Madras plague regulations in force outside the Presidency town - Volume 2
Disease focus: Plague
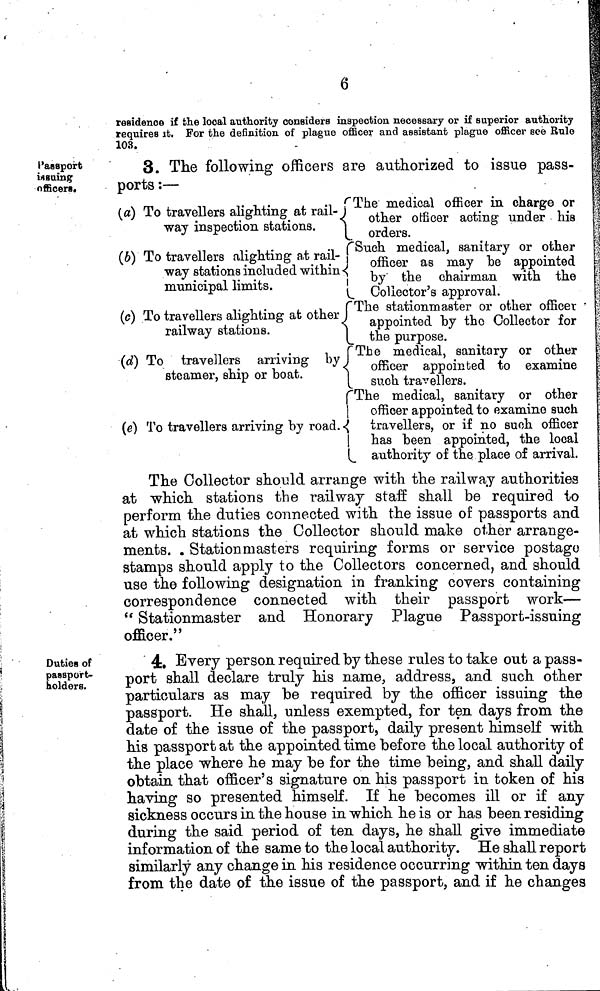
6
residence if the local authority considers inspection necessary or if superior authority
requires it. For the definition of plague officer and assistant plague officer see Rule
103.
I'aaeport
issuing
officers.
3. The following officers are authorized to issue pass-
ports :—
(a) To travellers alighting at rail- i
way inspection stations.
(b) To travellers alighting at rail-
way stations included within
municipal limits.
(c) To travellers alighting at other
railway stations.
(d) To travellers arriving by I
steamer, ship or boat.
j
!
(e) To travellers arriving by road.
\
"The medical officer in charge or
other officer acting under his
orders.
Such medical, sanitary or other
1 officer as may be appointed
by the chairman with the
L. Collector's approval.
"The stationmaster or other officer •
appointed by the Collector for
tthe
purpose.
The medical, sanitary or other
officer appointed to examine
[_ such travellers.
"The medical, sanitary or other
officer appointed to examine such
travellers, or if no such officer
, has been appointed, the local
authority of the place of arrival.
The Collector should arrange with the railway authorities
at which stations the railway staff shall be required to
perform the duties connected with the issue of passports and
at which stations the Collector should make other arrange-
ments. . Station m aster s requiring forms or service postage»
stamps should apply to the Collectors concerned, and should
use the following designation in franking covers containing
correspondence connected with their passport work—
" Stationmaster and Honorary Plague Passport-issuing
officer."
Duties of
passport-
holders.
4. Every person required by these rules to take out a pass-
port shall declare truly his name, address, and such other
particulars as may be required by the officer issuing the
passport. He shall, unless exempted, for ten days from the
date of the issue of the passport, daily present himself with
his passport at the appointed time before the local authority of
the place where he may be for the time being, and shall daily
obtain that officer's signature on his passport in token of his
having so presented himself. If he becomes ill or if any
sickness occurs in the house in which he is or has been residing
during the said period of ten days, he shall give immediate
information of the same to the local authority. He shall report
similarly any change in his residence occurring •within ten days
from the date of the issue of the passport, and if he changes